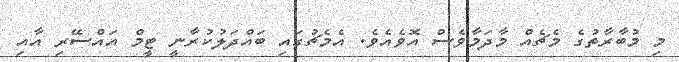
މި މުބާރާތުގެ މެޗެއް މާދަމާވެސް އޮވެއެވެ. އެމެޗުގައި ބައްދަލުކުރާނީ ޓީމް އައްސޭރި އާއި